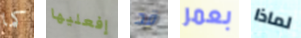
كما إفعليها قد بعمر لماذا